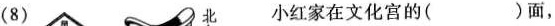
(8) 小红家在文化宫的( )面，